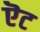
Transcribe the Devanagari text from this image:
ऎट